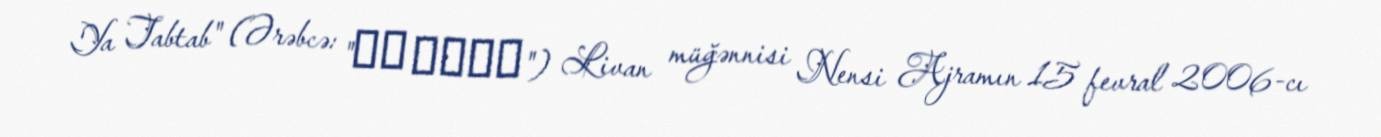
Ya Tabtab" (Ərəbcə: "يا طبطب") Livan müğənnisi Nensi Ajramın 15 fevral 2006-cı